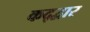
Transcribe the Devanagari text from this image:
कद्द्वार